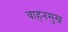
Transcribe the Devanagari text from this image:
वाहनसुख